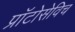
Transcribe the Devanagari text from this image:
प्राॅटोसेविच